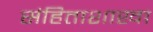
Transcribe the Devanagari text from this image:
संहिताशाखा